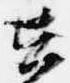
在